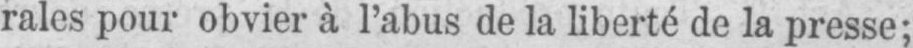
rales pour obvier à l’abus de la liberté de la presse;